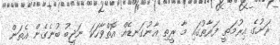
ރަށުގެ އިރުމަތީ ފަރާތުގައި މާ ރީތި އާނުގަނޑެއް އޮތްވާހަކަ ނަޖީބު ބުނެގެން އެތަން